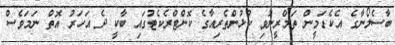
ބާސެލޯނާގެ އެކެޑަމީން ތަމްރީނުވި ކުޅުންތެރިއާގެ ކޮންޓްރެކެޓުގައި ބާކީ ދެ އަހަރު އޮތް ނަމަވެސް